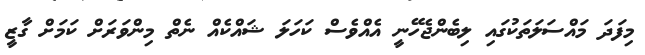
މިފަދަ މައްސަލަތަކުގައި ލިބެންޖެހޭނީ އެއްވެސް ކަހަލަ ޝައްކެއް ނެތް މިންވަރަށް ކަމަށް ގާޒީ